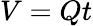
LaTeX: V=Qt